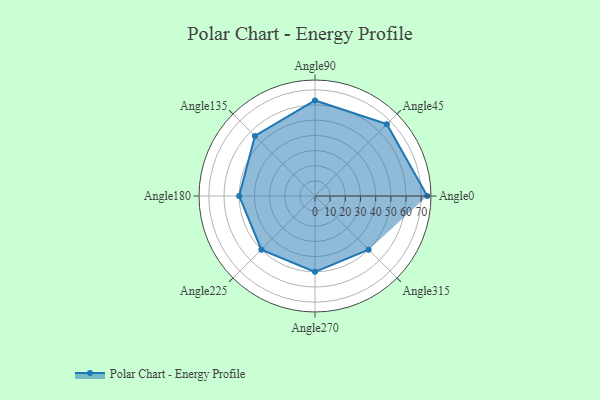
{"axis": {"x": "Angle", "y": "Radius"}, "legend": [""], "data": [{"x": "Angle0", "y": 74.0, "type": ""}, {"x": "Angle45", "y": 67.0, "type": ""}, {"x": "Angle90", "y": 63.0, "type": ""}, {"x": "Angle135", "y": 56.0, "type": ""}, {"x": "Angle180", "y": 50, "type": ""}, {"x": "Angle225", "y": 50, "type": ""}, {"x": "Angle270", "y": 50, "type": ""}, {"x": "Angle315", "y": 50, "type": ""}]}